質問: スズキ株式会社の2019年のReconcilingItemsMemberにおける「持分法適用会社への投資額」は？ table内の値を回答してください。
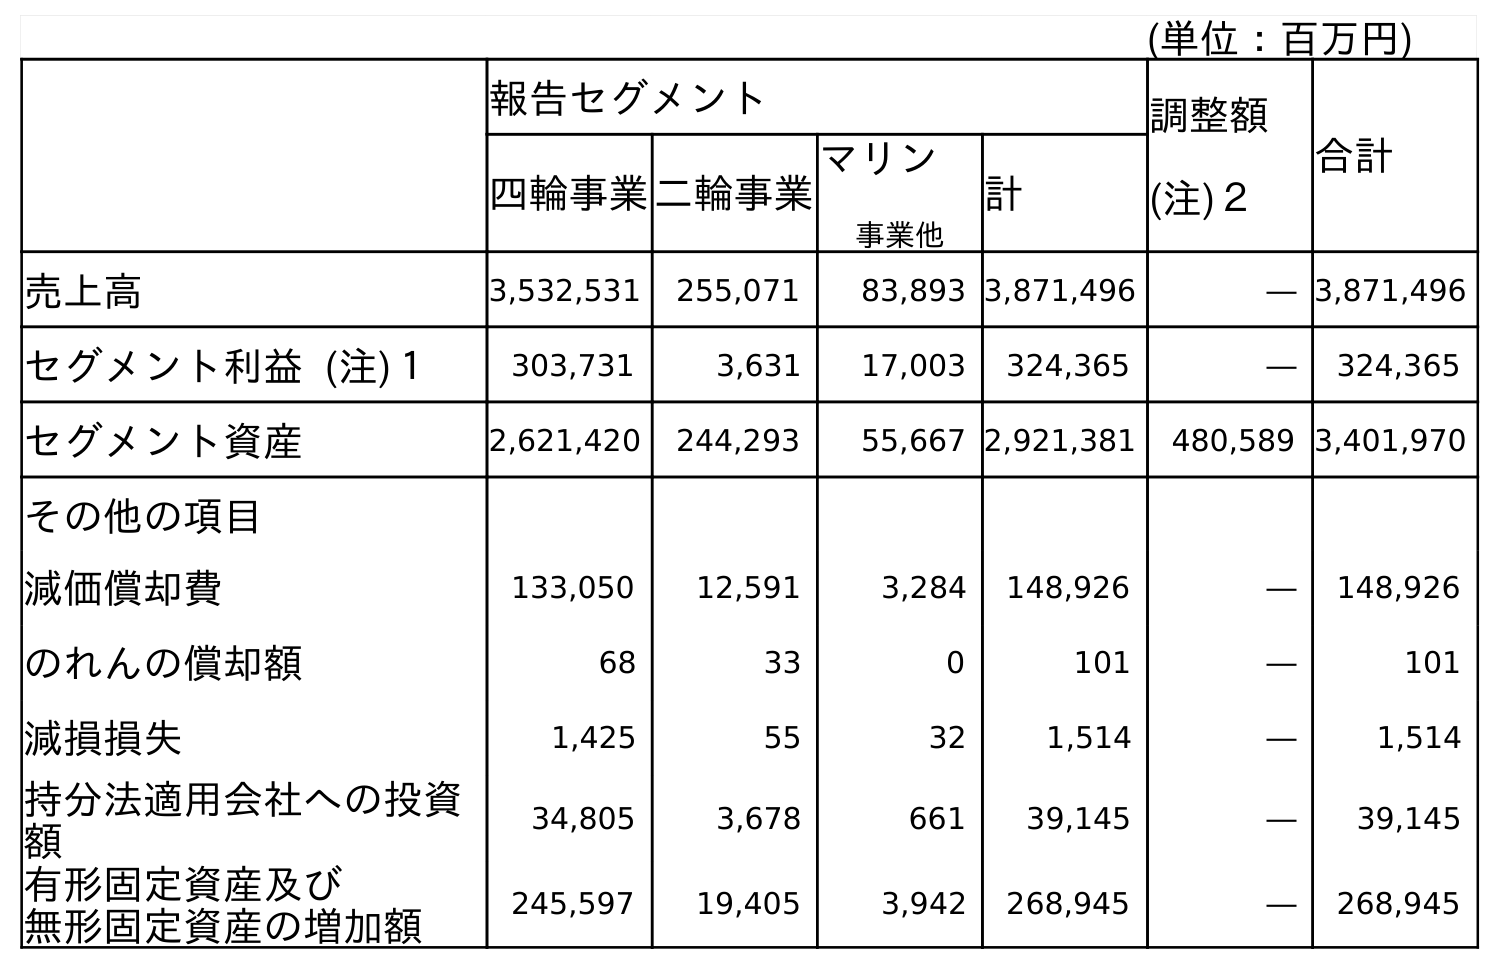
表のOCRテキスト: (単位：百万円) 報告セグメント 調整額 (注)２ 合計 四輪事業二輪事業 マリン 事業他 計 売上高 3,532,531 255,071 83,893 3,871,496 ― 3,871,496 セグメント利益 (注)１ 303,731 3,631 17,003 324,365 ― 324,365 セグメント資産 2,621,420 244,293 55,667 2,921,381 480,589 3,401,970 その他の項目 減価償却費 133,050 12,591 3,284 148,926 ― 148,926 のれんの償却額 68 33 0 101 ― 101 減損損失 1,425 55 32 1,514 ― 1,514 持分法適用会社への投資 額 34,805 3,678 661 39,145 ― 39,145 有形固定資産及び 無形固定資産の増加額 245,597 19,405 3,942 268,945 ― 268,945
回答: ―